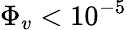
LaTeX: \Phi_{v}<10^{-5}